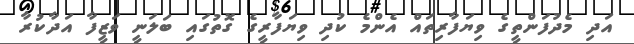
އަދި މެދުފަންތީގެ ވިޔަފާރިތައް އެންމެ ކުދި ވިޔަފާރީގެ ގޮތުގައި ބަލަނީ ވަޒީފާ އަދާކުރާ